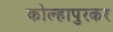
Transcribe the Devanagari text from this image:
कोल्हापुरकर